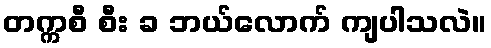
တက္ကစီ စီး ခ ဘယ်လောက် ကျပါသလဲ။